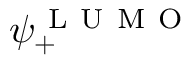
\psi _ { + } ^ { \mathrm { ~ L ~ U ~ M ~ O ~ } }